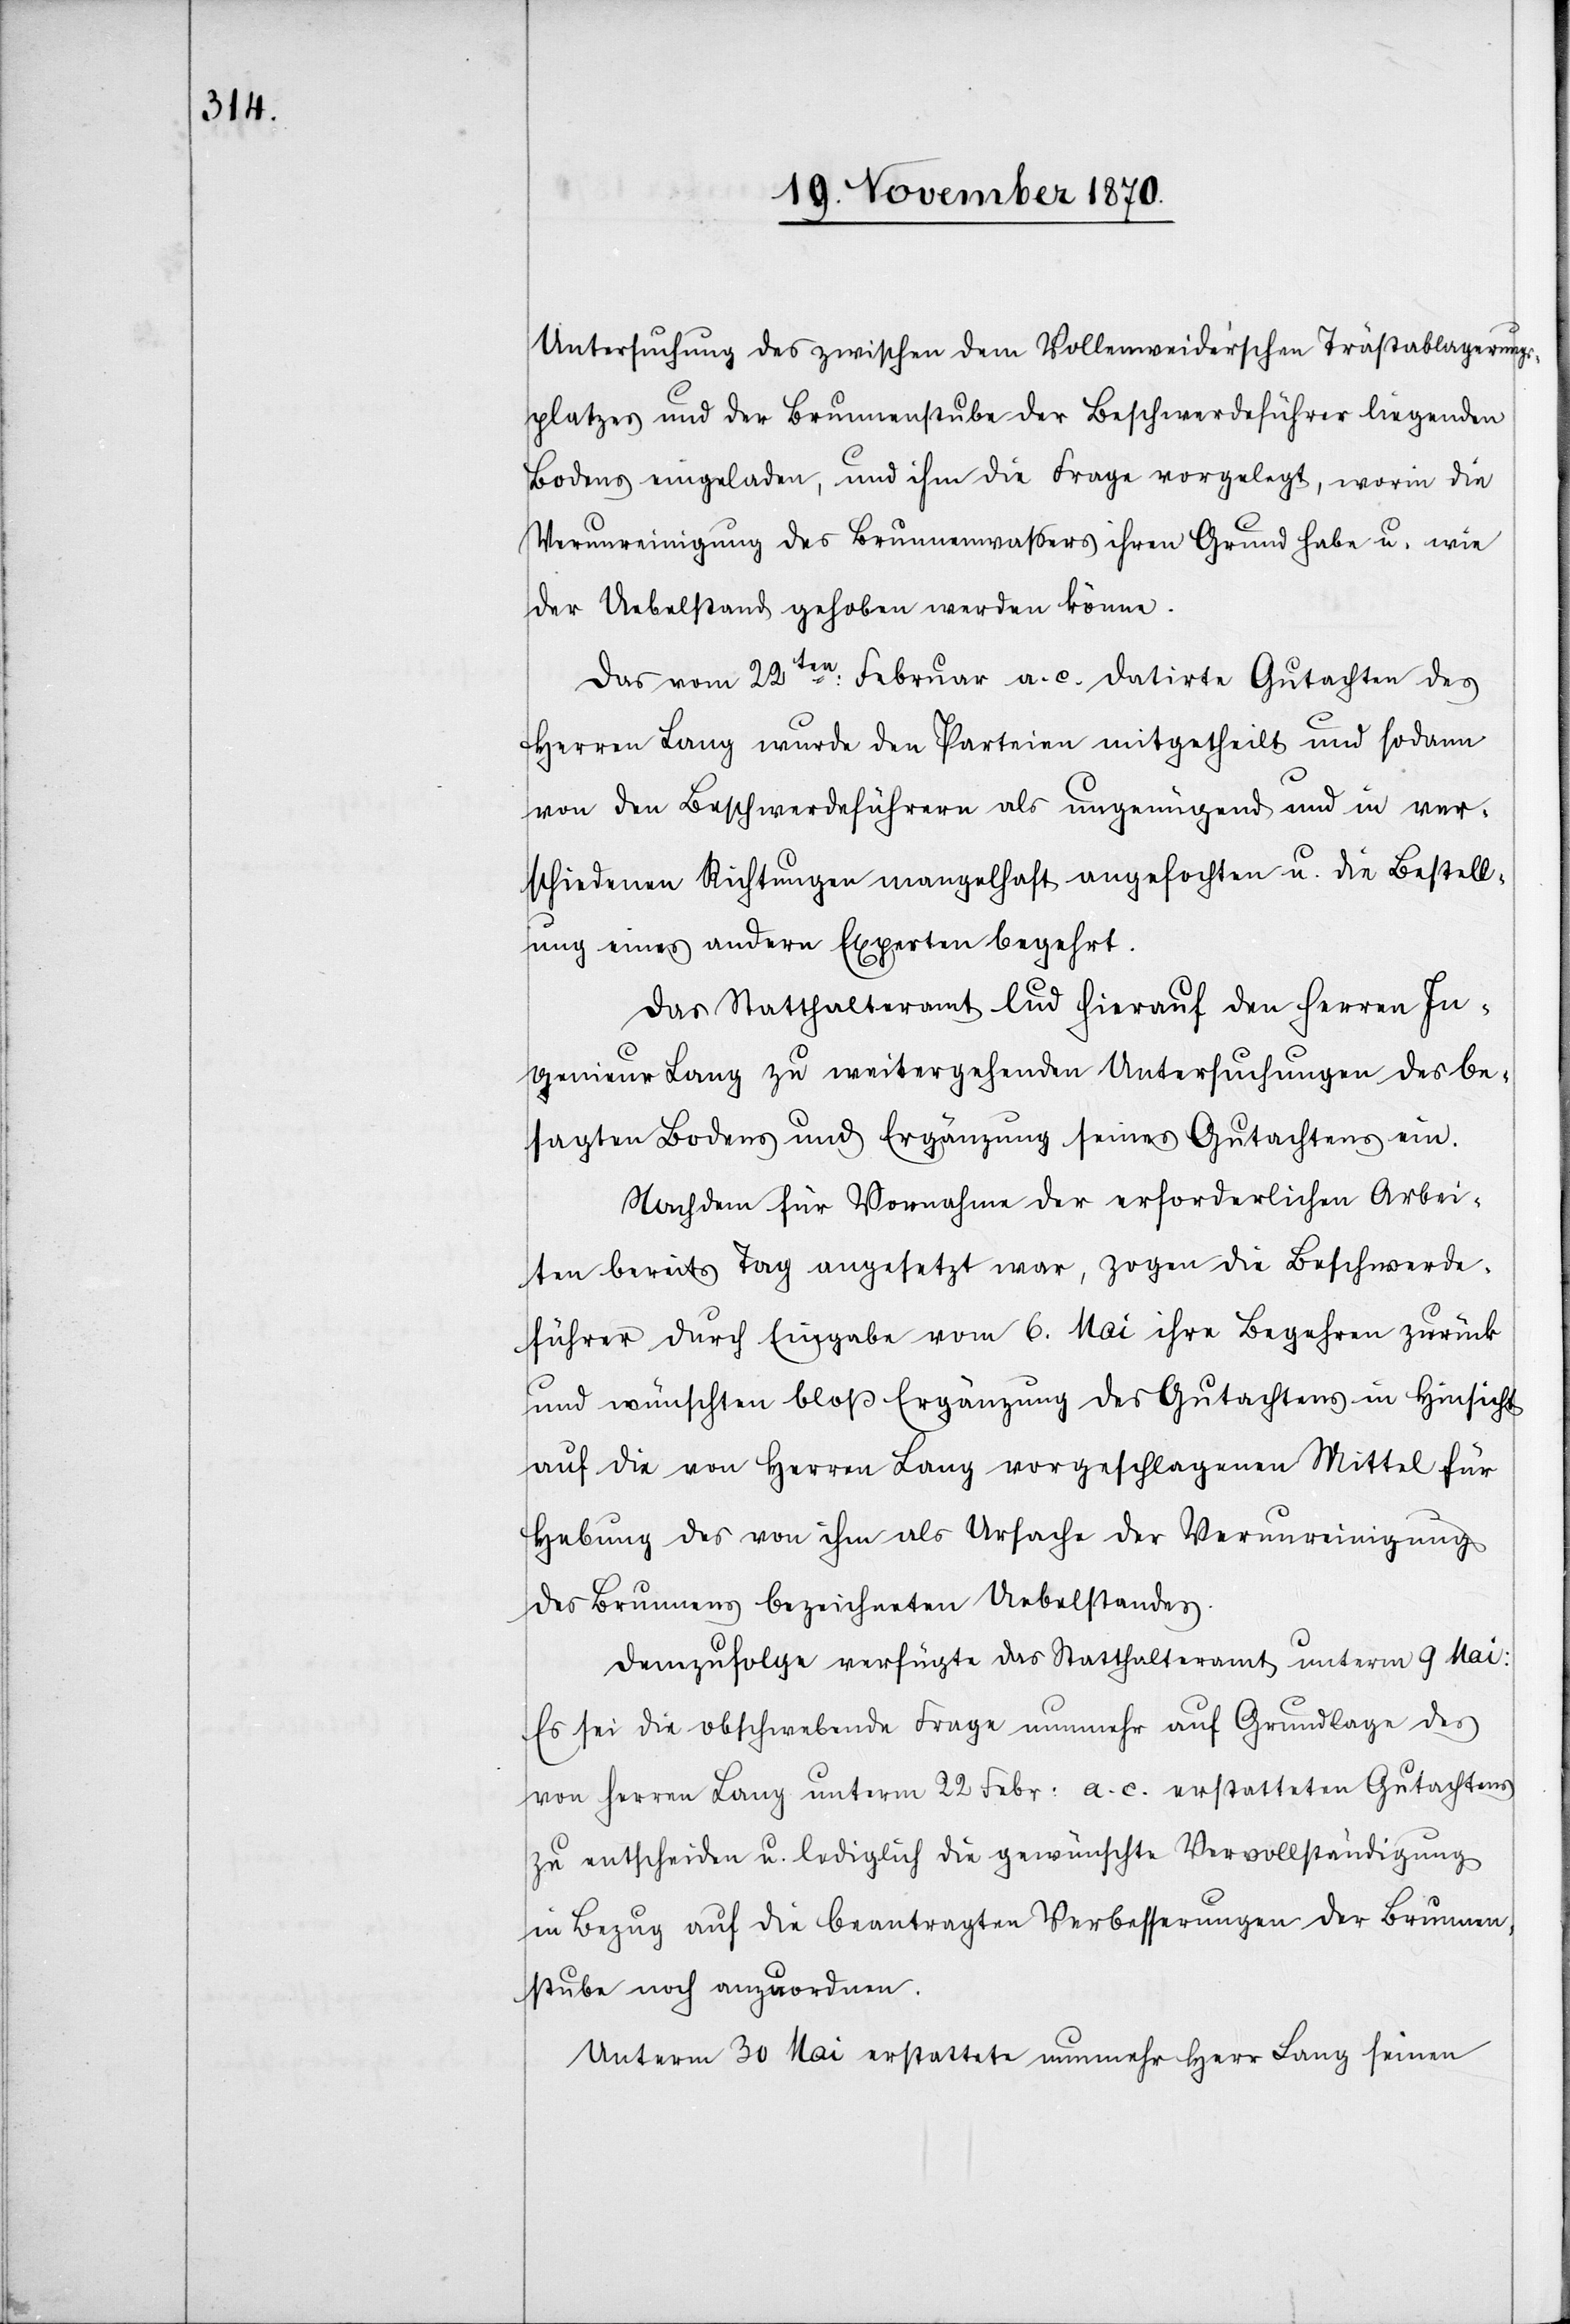
Untersuchung des zwischen dem Vollenweider’schen Trästablagerungs¬
platzes und der Brunnenstube der Beschwerdeführer liegenden
Bodens eingeladen, und ihm die Frage vorgelegt, worin die
Verunreinigung des Brunnenwaßers ihren Grund habe u. wie
der Uebelstand gehoben werden könne.
Das vom 22ten: Februar a. c. datirte Gutachten des
Herren Lang wurde den Parteien mitgetheilt und sodann
von den Beschwerdeführern als ungenügend und in ver¬
schiedenen Richtungen mangelhaft angefochten u. die Bestell¬
ung eines andern Experten begehrt.
Das Statthalteramt lud hierauf den Herren In¬
genieur Lanz zu weitergehenden Untersuchungen des be¬
sagten Bodens und Ergänzung seines Gutachtens ein.
Nachdem für Vornahme der erforderlichen Arbei¬
ten bereits Tag angesetzt war, zogen die Beschwerde¬
führer durch Eingabe vom 6. Mai ihre Begehren zurück
und wünschten bloß Ergänzung des Gutachtens in Hinsicht
auf die von Herren Lang vorgeschlagenen Mittel für
Hebung des von ihm als Ursache der Verunreingung
des Brunnens bezeichneten Uebelstandes.
Demzufolge verfügte das Statthalteramt unterm 9. Mai:
Es sei die obschwebende Frage nunmehr auf Grundlage des
von Herren Lang unterm 22 Febr. a. c. erstatteten Gutachtens
zu entscheiden u. lediglich die gewünschte Vervollständigung
in Bezug auf die beantragten Verbesserungen der Brunnen¬
stube noch anzuordnen.
Unterm 30 Mai erstattete nunmehr Herr Lang seinen